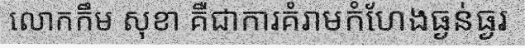
លោកកឹម សុខា គឺជាការគំរាមកំហែងធ្ងន់ធ្ងរ